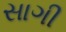
સાગી